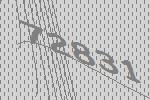
72831